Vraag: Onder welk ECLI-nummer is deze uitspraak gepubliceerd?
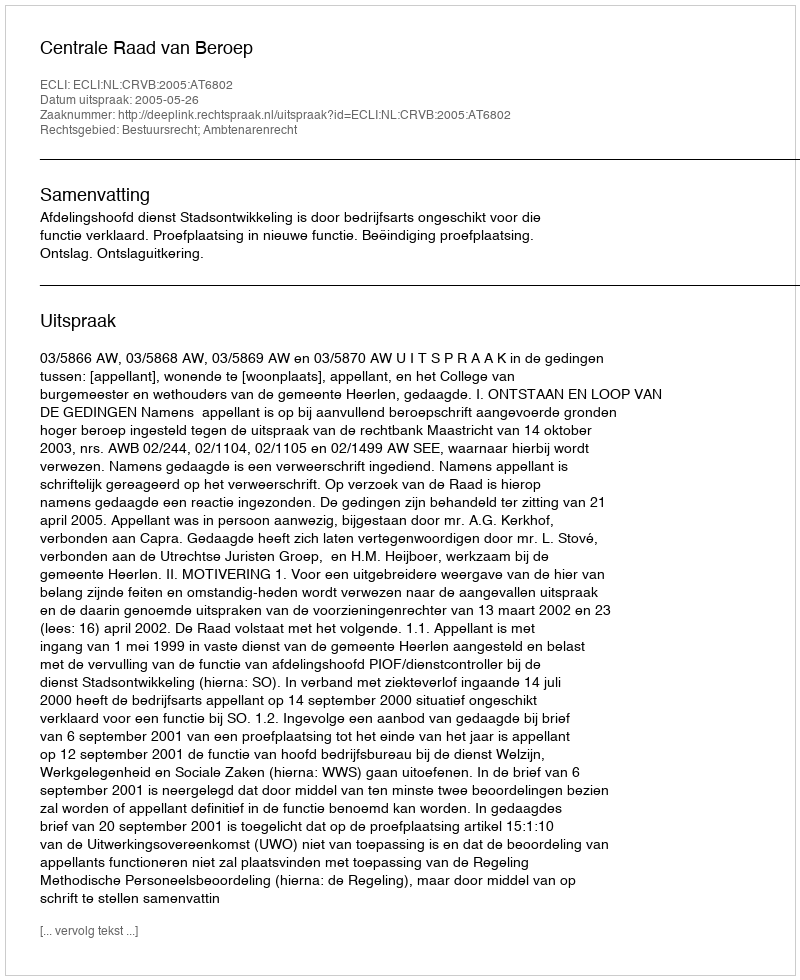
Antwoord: ECLI:NL:CRVB:2005:AT6802